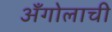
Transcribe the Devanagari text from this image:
अँगोलाची